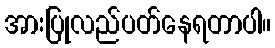
အားပြုလည်ပတ်နေရတာပါ။